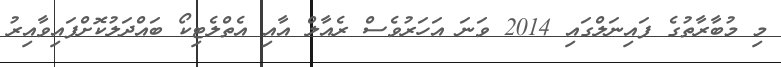
މި މުބާރާތުގެ ފައިނަލްގައި 2014 ވަނަ އަހަރުވެސް ރެއާލް އާއި އެތްލެޓިކޯ ބައްދަލުކޮށްފައިވާއިރު